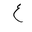
Letter: _ayn